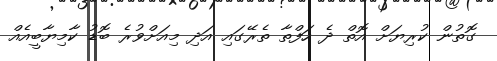
ގޮތުން ކުރިޔަށް އޮތް ދެ ހަފްތާ ތެރޭގައި އަދި މިއަށްވުރެ ބޮޑު ކާމިޔާބީއެއް